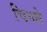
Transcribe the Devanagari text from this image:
चिनले